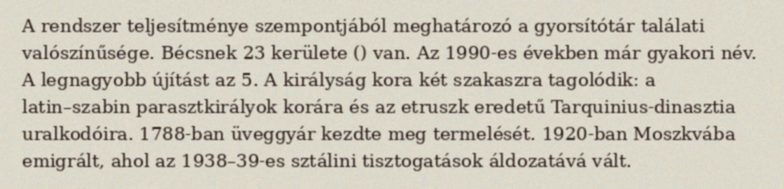
A rendszer teljesítménye szempontjából meghatározó a gyorsítótár találati valószínűsége. Bécsnek 23 kerülete () van. Az 1990-es években már gyakori név. A legnagyobb újítást az 5. A királyság kora két szakaszra tagolódik: a latin–szabin parasztkirályok korára és az etruszk eredetű Tarquinius-dinasztia uralkodóira. 1788-ban üveggyár kezdte meg termelését. 1920-ban Moszkvába emigrált, ahol az 1938–39-es sztálini tisztogatások áldozatává vált.